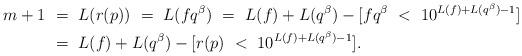
LaTeX: \begin{align*} m+1&\ =\ L(r(p)) \ =\ L(f q^\beta) \ =\ L(f)+L(q^\beta)-[fq^\beta\ <\ 10^{L(f)+L(q^\beta)-1}]\\ & \ =\ L(f)+L(q^\beta)-[r(p)\ <\ 10^{L(f)+L(q^\beta)-1}]. \end{align*}